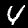
Digit: 4